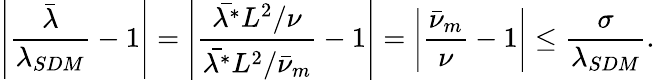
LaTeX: \left|\frac{\bar{\lambda}}{\lambda_{SDM}}-1\right|=\left|\frac{\bar{\lambda^{*}}L^{2}/\nu}{\bar{\lambda^{*}}L^{2}/\bar{\nu}_{m}}-1\right|=\left|\frac{\bar{\nu}_{m}}{\nu}-1\right|\leq\frac{\sigma}{\lambda_{SDM}}.